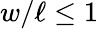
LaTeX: w/\ell\le 1